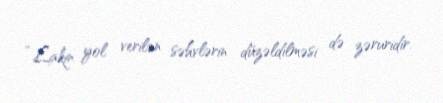
“Lakin yol verilən səhvlərin düzəldilməsi də zəruridir.